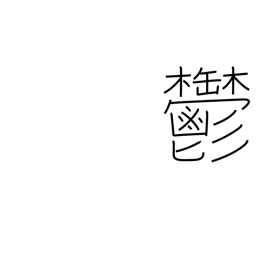
Meaning: melancholy